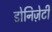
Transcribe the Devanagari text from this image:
डोनिज़ेटी